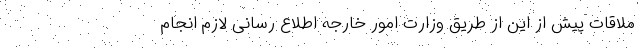
‌ملاقات پیش از این از طریق وزارت امور خارجه اطلاع رسانی لازم انجام